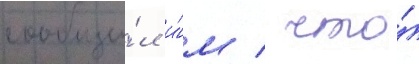
сообщи́л и́м / что́